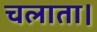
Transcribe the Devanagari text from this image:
चलाता।